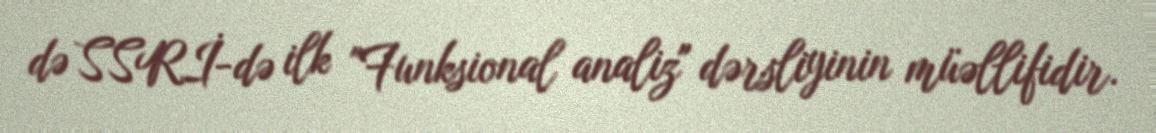
də SSRİ-də ilk "Funksional analiz" dərsliyinin müəllifidir.